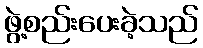
ဖွဲ့စည်းပေးခဲ့သည်